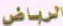
الرياض